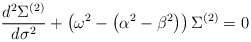
\begin{align*}\frac{d^{2}\Sigma^{(2)}}{d\sigma^{2}} + \left ( \omega^{2} - \left ({\alpha^{2}-\beta^{2}} \right ) \right ) \Sigma^{(2)} = 0\end{align*}